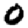
Digit: 0